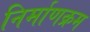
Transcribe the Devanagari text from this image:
निर्माणक्रम